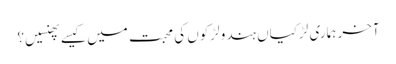
آخر ہماری لڑکیاں ہندو لڑکوں کی محبت میں کیسےپھنسیں؟